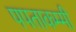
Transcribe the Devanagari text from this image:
पपताकम्मी